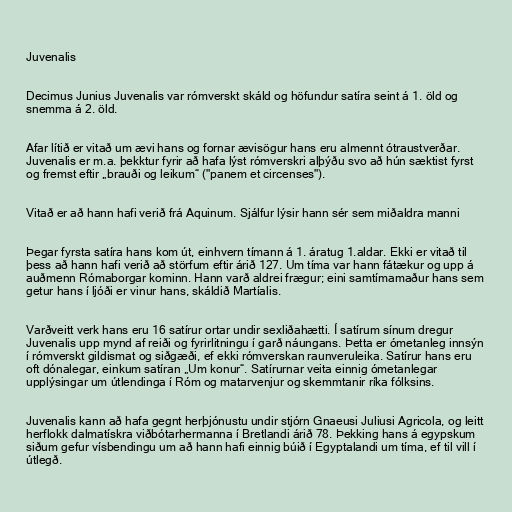
Juvenalis

Decimus Junius Juvenalis var rómverskt skáld og höfundur satíra seint á 1. öld og
snemma á 2. öld.

Afar lítið er vitað um ævi hans og fornar ævisögur hans eru almennt ótraustverðar.
Juvenalis er m.a. þekktur fyrir að hafa lýst rómverskri alþýðu svo að hún sæktist fyrst
og fremst eftir „brauði og leikum“ ("panem et circenses").

Vitað er að hann hafi verið frá Aquinum. Sjálfur lýsir hann sér sem miðaldra manni

Þegar fyrsta satíra hans kom út, einhvern tímann á 1. áratug 1.aldar. Ekki er vitað til
þess að hann hafi verið að störfum eftir árið 127. Um tíma var hann fátækur og upp á
auðmenn Rómaborgar kominn. Hann varð aldrei frægur; eini samtímamaður hans sem
getur hans í ljóði er vinur hans, skáldið Martíalis.

Varðveitt verk hans eru 16 satírur ortar undir sexliðahætti. Í satírum sínum dregur
Juvenalis upp mynd af reiði og fyrirlitningu í garð náungans. Þetta er ómetanleg innsýn
í rómverskt gildismat og siðgæði, ef ekki rómverskan raunveruleika. Satírur hans eru
oft dónalegar, einkum satíran „Um konur“. Satírurnar veita einnig ómetanlegar
upplýsingar um útlendinga í Róm og matarvenjur og skemmtanir ríka fólksins.

Juvenalis kann að hafa gegnt herþjónustu undir stjórn Gnaeusi Juliusi Agricola, og leitt
herflokk dalmatískra viðbótarhermanna í Bretlandi árið 78. Þekking hans á egypskum
siðum gefur vísbendingu um að hann hafi einnig búið í Egyptalandi um tíma, ef til vill í
útlegð.